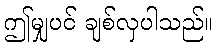
ဤမျှပင် ချစ်လှပါသည်။